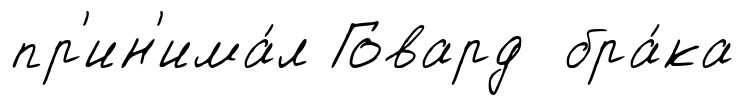
пр'ин'има́л Говард бра́ка